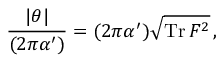
{ \frac { | \theta | } { ( 2 \pi \alpha ^ { \prime } ) } } = ( 2 \pi \alpha ^ { \prime } ) \sqrt { \mathrm { T r } \, F ^ { 2 } } \, ,